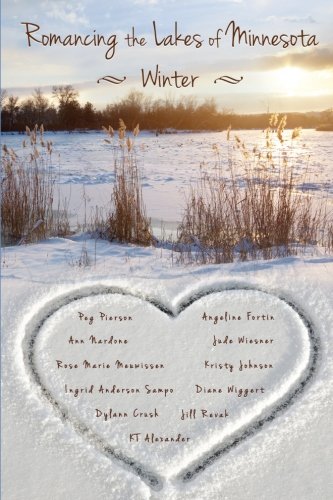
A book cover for Romancing the Lakes of Minnesota ~ Winter (Volume 3); Angeline Fortin; Romance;